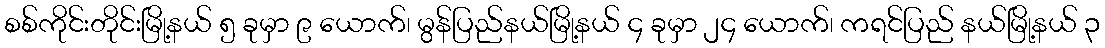
စစ်ကိုင်းတိုင်းမြို့နယ် ၅ ခုမှာ ၉ ယောက်၊ မွန်ပြည်နယ်မြို့နယ် ၄ ခုမှာ ၂၄ ယောက်၊ ကရင်ပြည် နယ်မြို့နယ် ၃